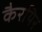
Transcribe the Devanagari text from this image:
कैरयिर